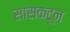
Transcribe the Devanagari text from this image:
सासकटून